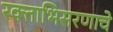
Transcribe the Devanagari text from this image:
रक्ताभिसरणाचे